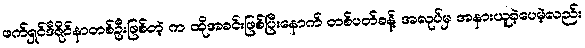
ဖက်ရှင်ဒီဇိုင်နာတစ်ဦးဖြစ်တဲ့ က ထိုအခင်းဖြစ်ပြီးနောက် တစ်ပတ်ခန့် အလုပ်မှ အနားယူခဲ့ပေမဲ့လည်း